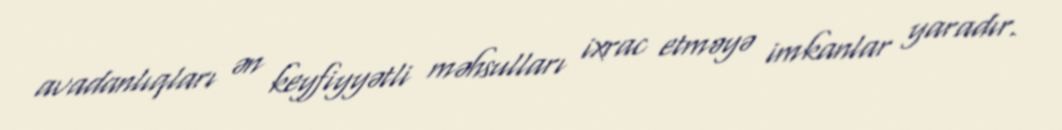
avadanlıqları ən keyfiyyətli məhsulları ixrac etməyə imkanlar yaradır.